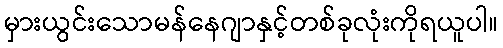
မှားယွင်းသောမန်နေဂျာနှင့်တစ်ခုလုံးကိုရယူပါ။